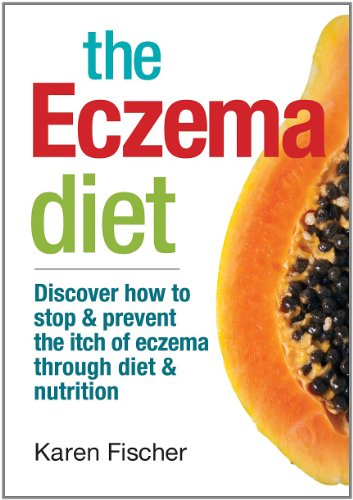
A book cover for The Eczema Diet: Discover How to Stop and Prevent The Itch of Eczema Through Diet and Nutrition; Karen Fischer; Health, Fitness & Dieting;